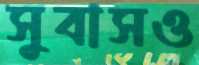
সুবাসও